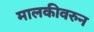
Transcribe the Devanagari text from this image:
मालकीवरुन